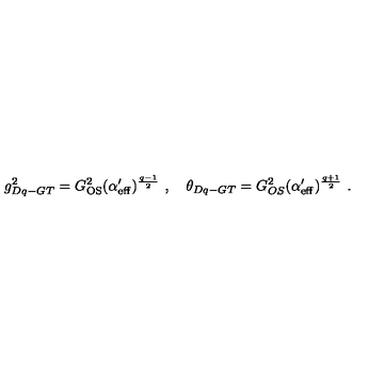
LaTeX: g _ { D q - G T } ^ { 2 } = G _ { \mathrm { O S } } ^ { 2 } ( \alpha _ { \mathrm { e f f } } ^ { \prime } ) ^ { \frac { q - 1 } { 2 } } \ , \quad \theta _ { D q - G T } = G _ { O S } ^ { 2 } ( \alpha _ { \mathrm { e f f } } ^ { \prime } ) ^ { \frac { q + 1 } { 2 } } \ .